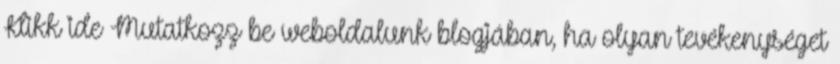
Klikk ide Mutatkozz be weboldalunk blogjában, ha olyan tevékenységet